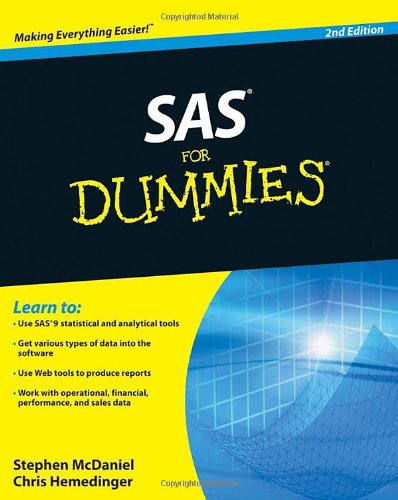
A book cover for SAS For Dummies; Stephen McDaniel; Computers & Technology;